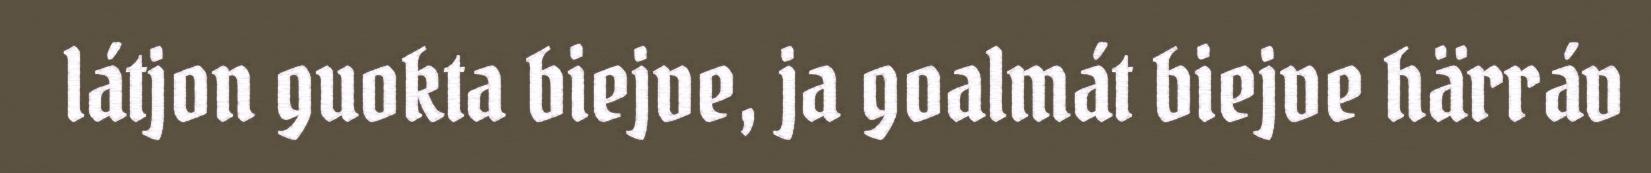
látjon guokta biejve, ja goalmát biejve härráv